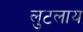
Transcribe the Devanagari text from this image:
लुटलाय